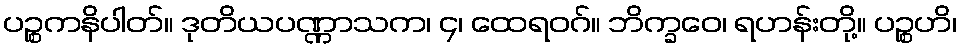
ပဉ္စကနိပါတ်။ ဒုတိယပဏ္ဏာသက၊ ၄၊ ထေရဝဂ်။ ဘိက္ခဝေ၊ ရဟန်းတို့။ ပဉ္စဟိ၊